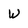
Character: W